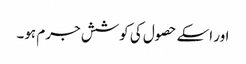
اور اسکے حصول کی کوشش جرم ہو۔